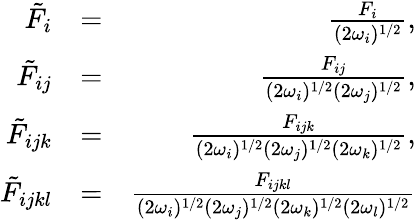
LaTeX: \begin{array}{rlr}{\tilde{F}_{i}}&{=}&{\frac{F_{i}}{(2\omega_{i})^{1/2}},}\\ {\tilde{F}_{ij}}&{=}&{\frac{F_{ij}}{(2\omega_{i})^{1/2}(2\omega_{j})^{1/2}},}\\ {\tilde{F}_{ijk}}&{=}&{\frac{F_{ijk}}{(2\omega_{i})^{1/2}(2\omega_{j})^{1/2}(2\omega_{k})^{1/2}},}\\ {\tilde{F}_{ijkl}}&{=}&{\frac{F_{ijkl}}{(2\omega_{i})^{1/2}(2\omega_{j})^{1/2}(2\omega_{k})^{1/2}(2\omega_{l})^{1/2}}}\end{array}